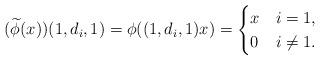
LaTeX: \begin{align*} (\widetilde{\phi}(x))(1,d_i,1)=\phi((1,d_i,1)x)=\begin{cases} x& i=1,\\ 0& i\neq 1.\end{cases} \end{align*}